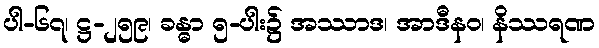
ပါ-၆၇၊ ဋ္ဌ-၂၅၉၊ ခန္ဓာ ၅-ပါး၌ အဿာဒ၊ အာဒီနဝ၊ နိဿရဏ